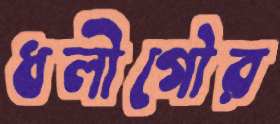
ধলীগৌর